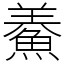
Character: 鯗